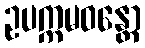
ဥပက္ကမဝန္တော